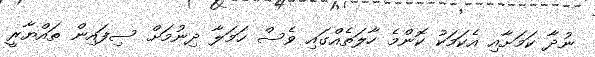
ނުދާ ކަމަށާއި އެކަމަކު ކޮންމެ ހާލަތެއްގައި ވެސް ހަމަލާ ދިނުމަށް ސިފައިން ތައްޔާރީ